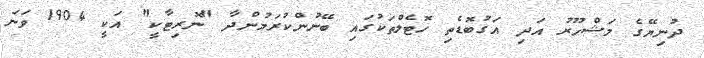
ދުނިޔޭގެ މަޝްހޫރު އަދި އަގުބޮޑެތި ހޮޓެލްތަކުގައި ބޭނުންކުރަމުންދާ "ނޮރިޓާކީ" އަކީ 1904 ވަނަ